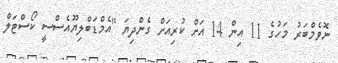
ނޮވެމްބަރު މަހުގެ 11 އިން 14 އަށް ކުރިއަށް ގެންދިޔަ "އެމްޑަބްލިޔޫއެސްސީ ކޯސްޓަލް